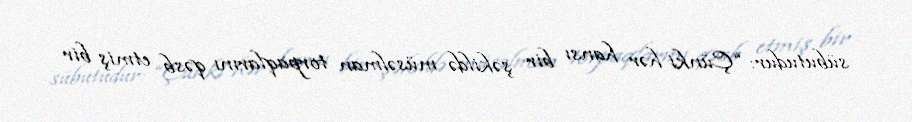
sübutudur: “Çünki hər hansı bir şəkildə müsəlman torpaqlarını qəsb etmiş bir